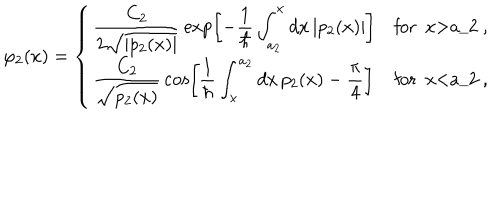
\varphi _ { 2 } ( x ) = \left\{ \left\{ \begin{cases} { { \displaystyle { \frac { C _ { 2 } } { 2 \sqrt { | p _ { 2 } ( x ) | } } } \exp \left[ - { \frac { 1 } { \hbar } } \int _ { a _ { 2 } } ^ { x } d x \, | p _ { 2 } ( x ) | \right] } } & { { f o r x > a _ { 2 } , } } \\ { { \displaystyle { \frac { C _ { 2 } } { \sqrt { p _ { 2 } ( x ) } } } \cos \left[ { \frac { 1 } { \hbar } } \int _ { x } ^ { a _ { 2 } } d x \, p _ { 2 } ( x ) - { \frac { \pi } { 4 } } \right] } } & { { f o r x < a _ { 2 } , } } \\ \end{cases} \right. \right.